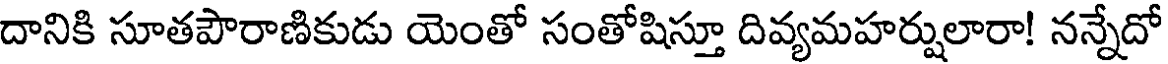
దానికి సూతపౌరాణికుడు యెంతో సంతోషిస్తూ దివ్యమహర్షులారా! నన్నేదో